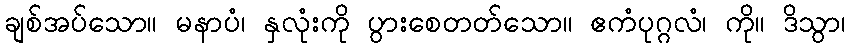
ချစ်အပ်သော။ မနာပံ၊ နှလုံးကို ပွားစေတတ်သော။ ဧကံပုဂ္ဂလံ၊ ကို။ ဒိသွာ၊